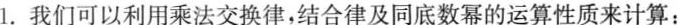
1.我们可以利用乘法交换律，结合律及同底数幂的运算性质来计算：